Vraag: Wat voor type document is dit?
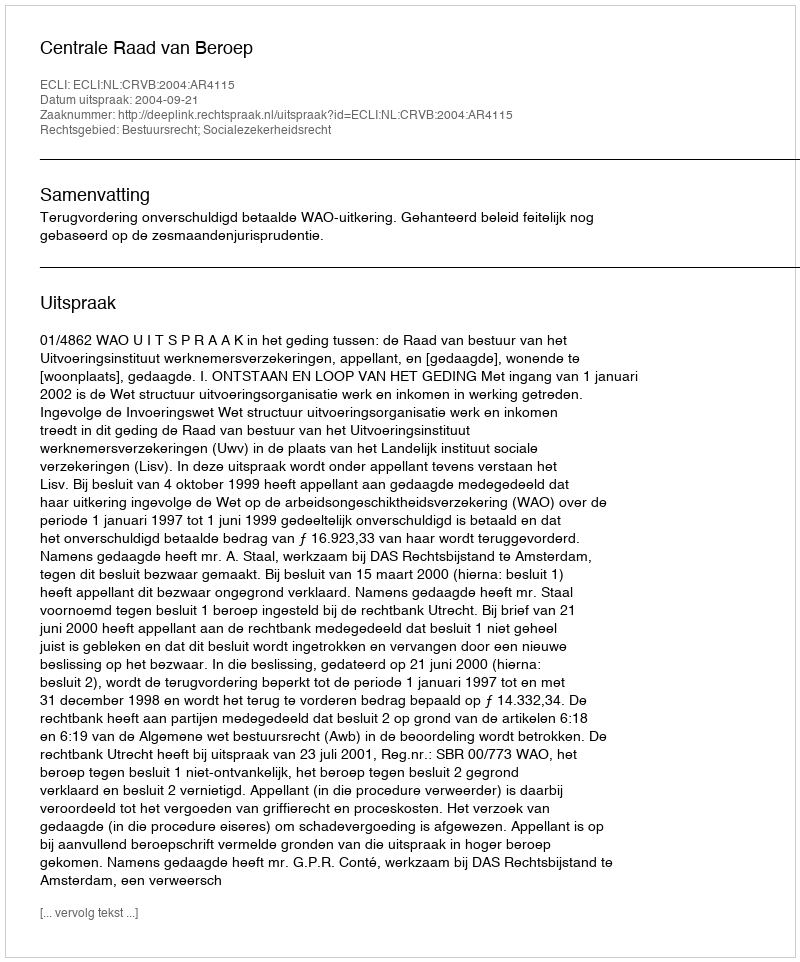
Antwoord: Uitspraak